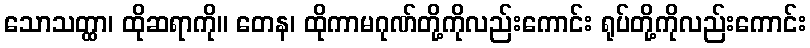
သောသတ္ထာ၊ ထိုဆရာကို။ တေန၊ ထိုကာမဂုဏ်တို့ကိုလည်းကောင်း ရုပ်တို့ကိုလည်းကောင်း